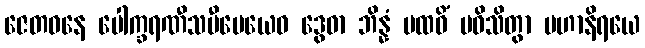
ဇေတဝနေ ပေါက္ခရဏီသမီပေယေဝ ဒွေဓာ ဘိန္နံ ပထဝိံ ပဝိသိတွာ မဟာနိရယေ